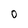
Character: 0